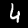
Label: 4